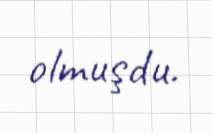
olmuşdu.